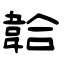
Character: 韐